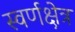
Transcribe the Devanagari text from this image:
स्वर्णक्षेत्र